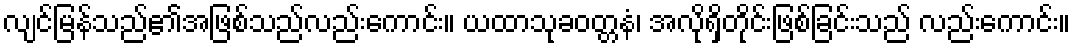
လျင်မြန်သည်၏အဖြစ်သည်လည်းကောင်း။ ယထာသုခဝတ္တနံ၊ အလိုရှိတိုင်းဖြစ်ခြင်းသည် လည်းကောင်း။